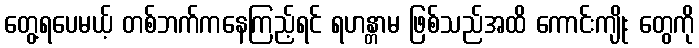
တွေ့ရပေမယ့် တစ်ဘက်ကနေကြည့်ရင် ရဟန္တာမ ဖြစ်သည်အထိ ကောင်းကျိုး တွေကို